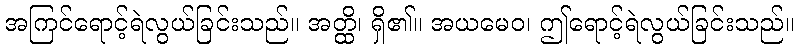
အကြင်ရောင့်ရဲလွယ်ခြင်းသည်။ အတ္ထိ၊ ရှိ၏။ အယမေဝ၊ ဤရောင့်ရဲလွယ်ခြင်းသည်။